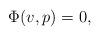
LaTeX: \begin{align*}\Phi(v,p) = 0,\end{align*}